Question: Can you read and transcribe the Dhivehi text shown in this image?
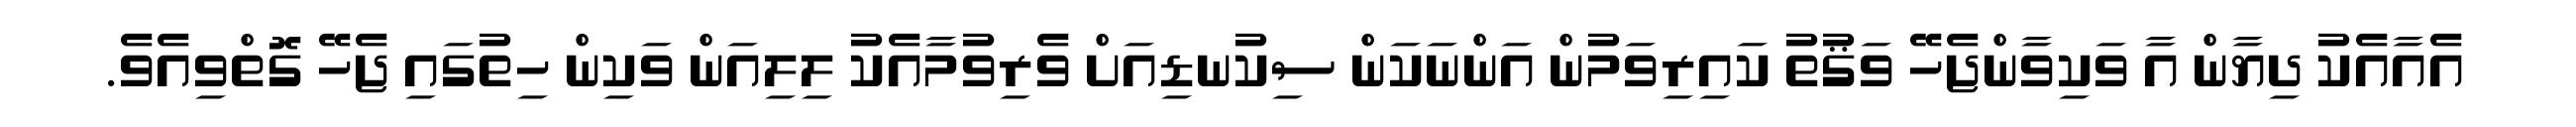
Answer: އެއާއެކު ދިޔާން އާ ވަކިވާންޖެހޭ ވަޤުތު ކައިރިވަމުން އަންނަކަން ސިކުނޑިއަށް ވެރިވުމާއެކު ލިލިއަން ވަކިން ހިތުގައި ޖެހޭ ގޮތްވިއެވެ.